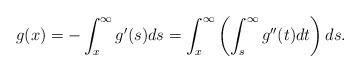
LaTeX: \begin{align*}g(x)=-\int_{x}^{\infty}g'(s) ds=\int_{x}^{\infty}\left(\int_{s}^{\infty}g''(t) dt\right) ds.\end{align*}